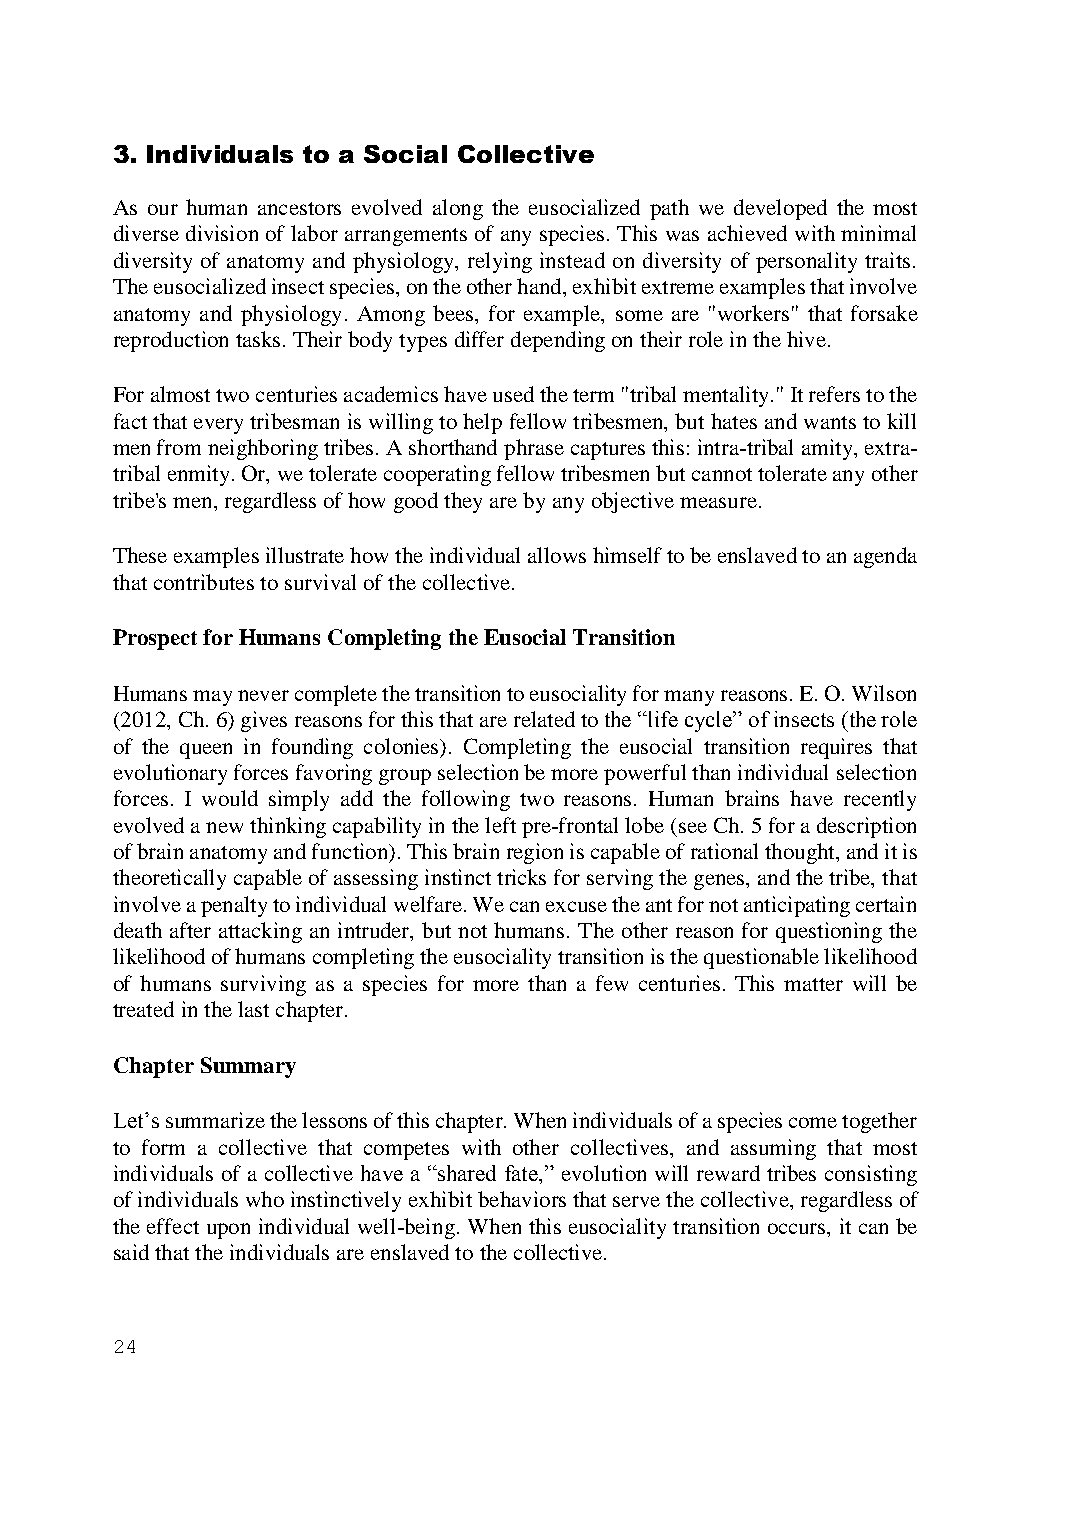
3. Individuals to a Social Collective
 As our human ancestors evolved along the eusocialized path we developed the most
 diverse division of labor arrangements of any species. This was achieved with minimal
 diversity of anatomy and physiology, relying instead on diversity of personality traits.
 The eusocialized insect species, on the other hand, exhibit extreme examples that involve
 anatomy and physiology. Among bees, for example, some are "workers" that forsake
 reproduction tasks. Their body types differ depending on their role in the hive.
 For almost two centuries academics have used the term "tribal mentality." It refers to the
 fact that every tribesman is willing to help fellow tribesmen, but hates and wants to kill
 men from neighboring tribes. A shorthand phrase captures this: intra-tribal amity, extra-
 tribal enmity. Or, we tolerate cooperating fellow tribesmen but cannot tolerate any other
 tribe's men, regardless of how good they are by any objective measure.
 These examples illustrate how the individual allows himself to be enslaved to an agenda
 that contributes to survival of the collective.
 Prospect for Humans Completing the Eusocial Transition
 Humans may never complete the transition to eusociality for many reasons. E. O. Wilson
 (2012, Ch. 6) gives reasons for this that are related to the “life cycle” of insects (the role
 of the queen in founding colonies). Completing the eusocial transition requires that
 evolutionary forces favoring group selection be more powerful than individual selection
 forces. I would simply add the following two reasons. Human brains have recently
 evolved a new thinking capability in the left pre-frontal lobe (see Ch. 5 for a description
 of brain anatomy and function). This brain region is capable of rational thought, and it is
 theoretically capable of assessing instinct tricks for serving the genes, and the tribe, that
 involve a penalty to individual welfare. We can excuse the ant for not anticipating certain
 death after attacking an intruder, but not humans. The other reason for questioning the
 likelihood of humans completing the eusociality transition is the questionable likelihood
 of humans surviving as a species for more than a few centuries. This matter will be
 treated in the last chapter.
 Chapter Summary
 Let’s summarize the lessons of this chapter. When individuals of a species come together
 to form a collective that competes with other collectives, and assuming that most
 individuals of a collective have a “shared fate,” evolution will reward tribes consisting
 of individuals who instinctively exhibit behaviors that serve the collective, regardless of
 the effect upon individual well-being. When this eusociality transition occurs, it can be
 said that the individuals are enslaved to the collective.
 24